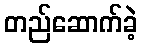
တည်ဆောက်ခဲ့